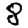
Digit: 8